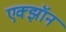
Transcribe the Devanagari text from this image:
एक्झॉन